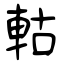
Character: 軲